NAE_ERA_R-1950_Eesti_Ajakirjanike_Liit, lk 93
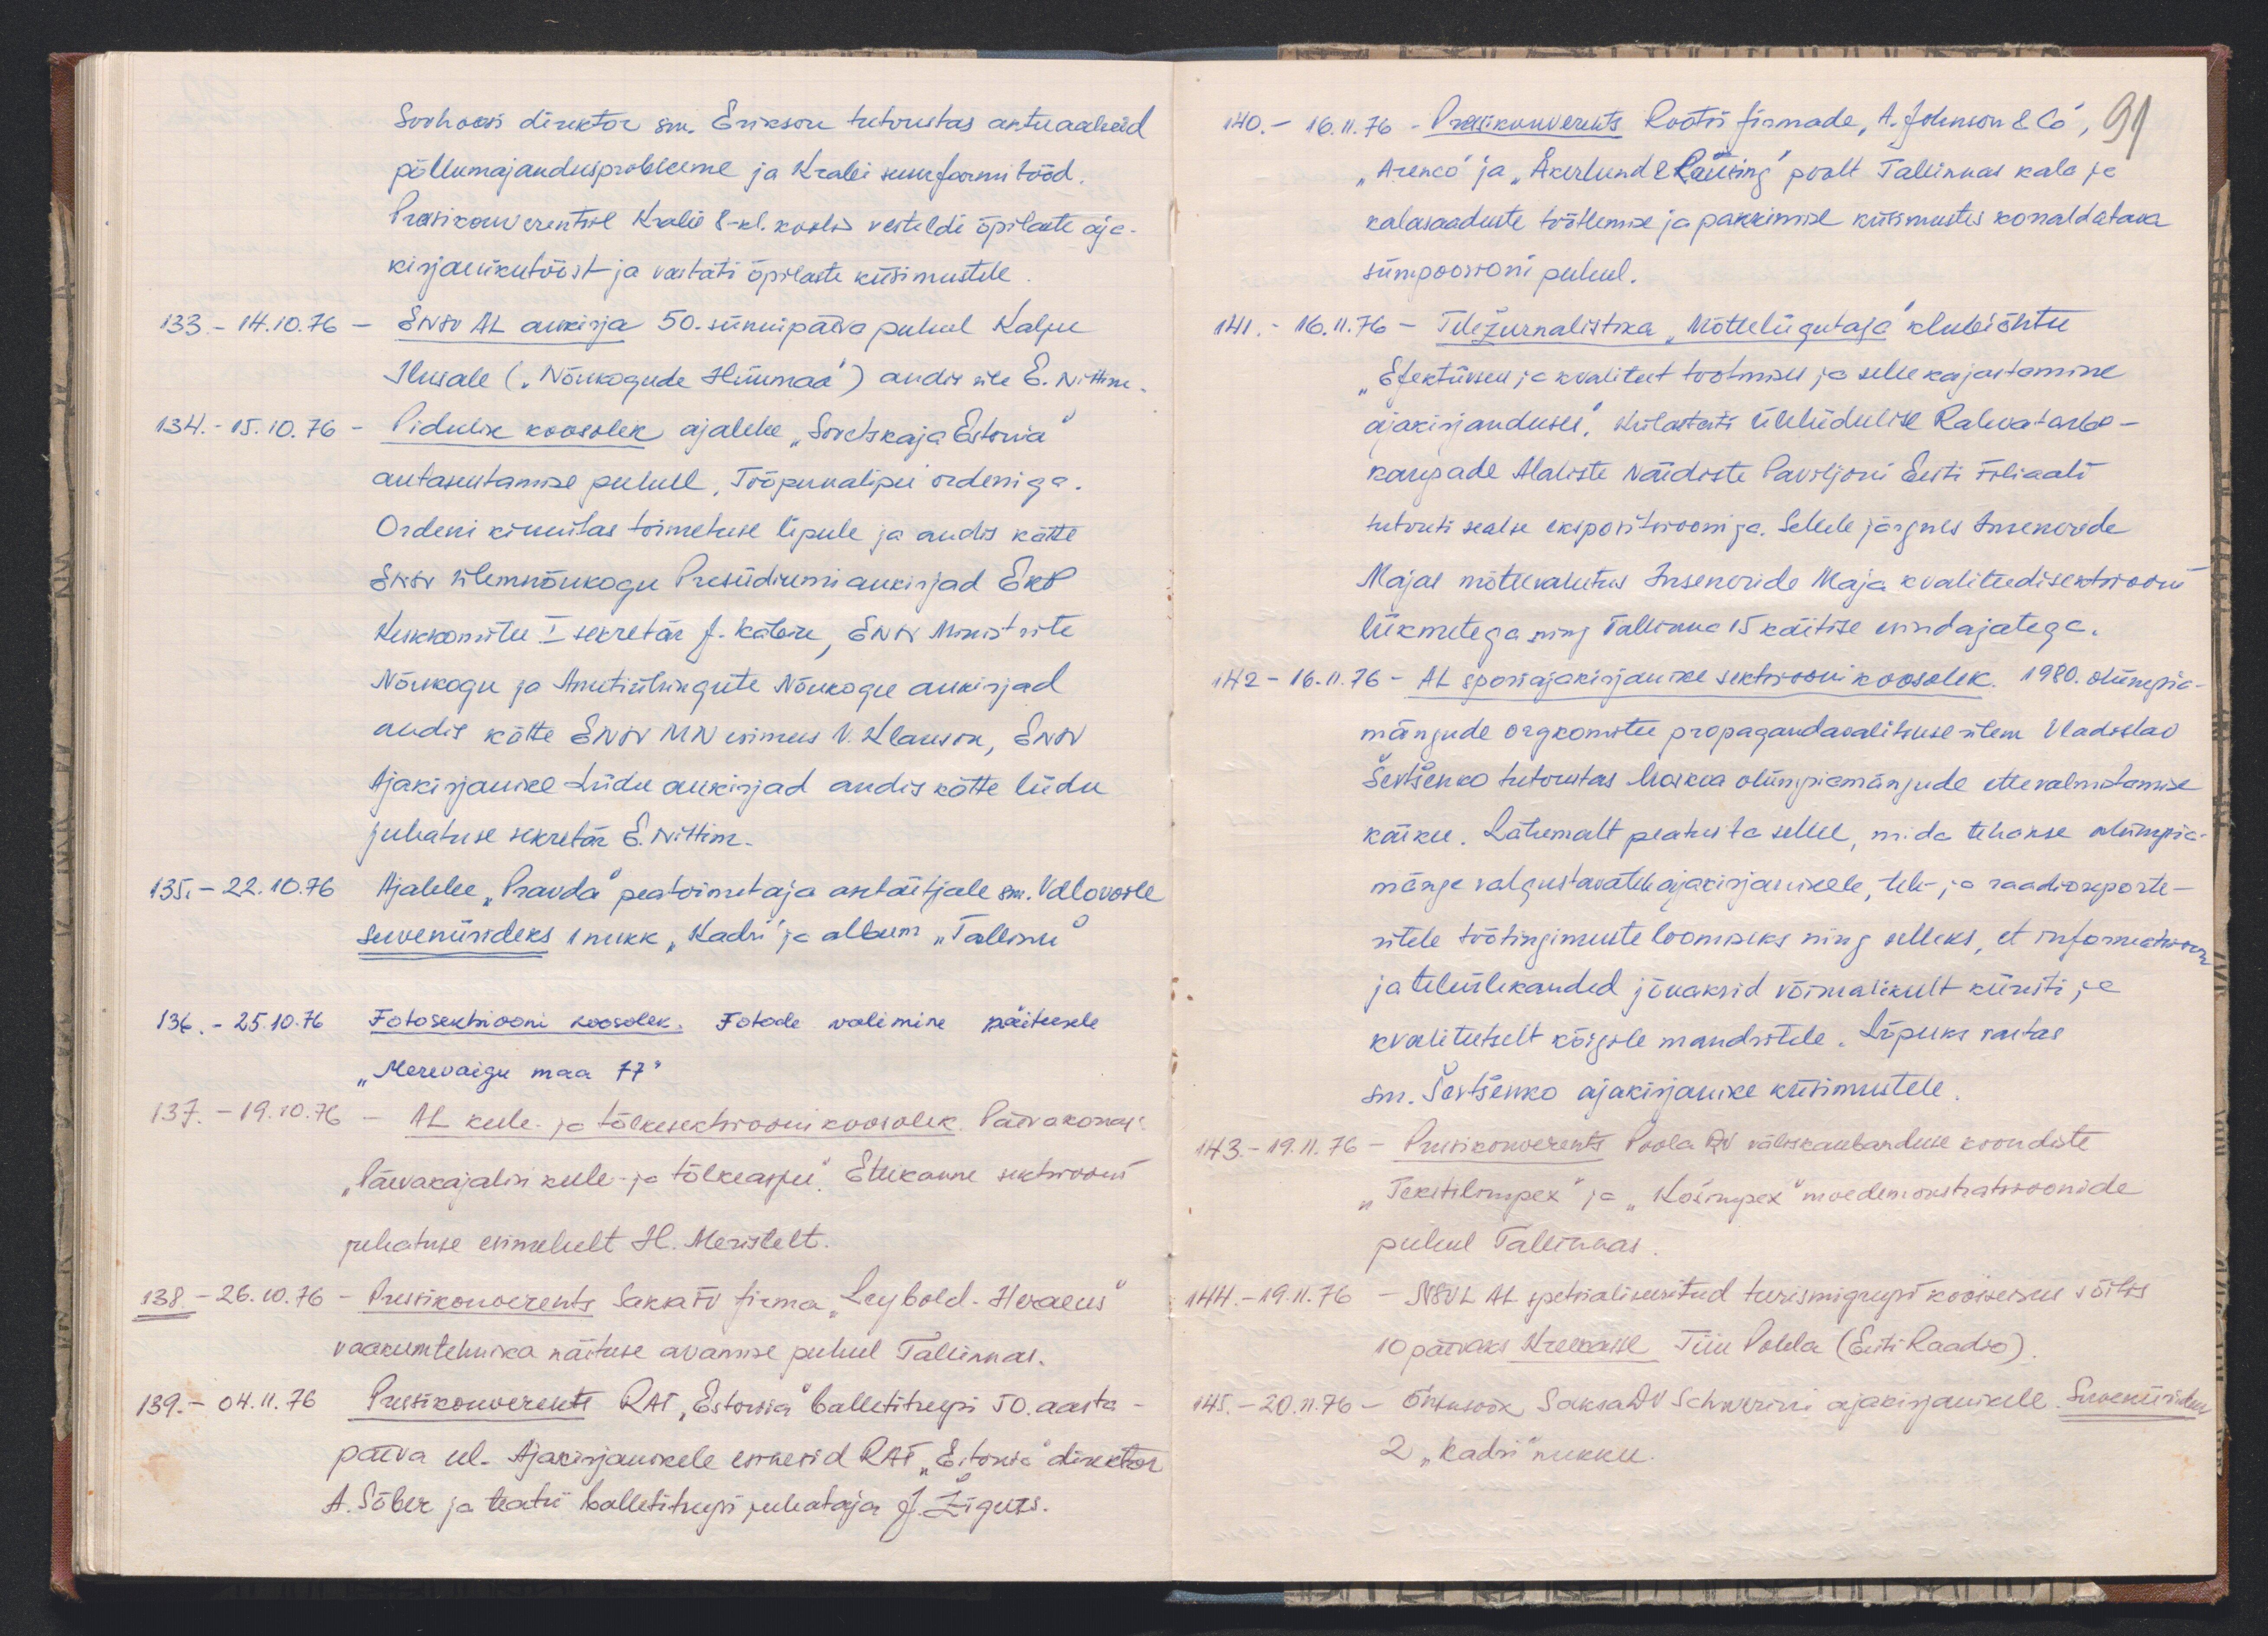
Sovhoosi direktor sm. Erikson tutvustas aktuaalseid
põllumajandusprobleeme ja Krabi suurfarmi tööd.
Pressikonverentsil Krabi 8-kl. koolis vesteldi õpilaste aja-
kirjanikutööst ja vastati õpilaste küsimustele.
133. - 14.10.76 - ENSV AL aukirja 50. sünnipäeva puhul Kalju
Ilusale ("Nõukogude Hiiumaa") andis üle E. Nittim
134. - 15.10.76 - Pidulik koosolek ajalehe "Sovetskaja Estonia"
autasutamise puhul "Tööpunalipu" orderiga.
Ordeni kinnitas toimetuse lipule ja andis kätte
ENSV Ülemnõukogu Presiidiumi aukirjad EKP
Keskkomitee I sekretär J. Käbin, ENSV Ministrite
Nõukogu ja Ametiühingute Nõukogu aukirjad
andis kätte ENSV MN esimees V. Klauson, ENSV
ajakirjanike Liidu aukirjad andis kätte liidu
juhatuse sekretär E. Nittim.
135. - 22.10.76 Ajalehe "Pravda" peatoimetaja asetäitjale sm. Vdlovoile
suveniirideks 1 nukk "Kadri" ja album "Tallinn"
134. - 25.10.76 Fotosektsiooni koosolek. Fotode valimise näitusele
"Merevaigu maa 77"
137. - 19.10.76 - AL keele ja tõlkesektsiooni koosolek Päevakorras:
"Päevakajalisi keele- ja tõlkeasju". Ettekanne sektsioonis
juhatuse esimehelt H. Meristelt.
138. 26.10.76 - Pressikonverents Saksa FV firma "Leybold-Heraeus"
vaakumtehnika näituse arvamise puhul Tallinnas.
139. - 04.11.76 Pressikonverents RAT "Estonia" balletitrupi 50. aasta
päeva eel. Ajakirjanikele esinesid RAT "Estonia" direktor
A. Sõber ja teatri balletitrupi juhataja J. Žigurs.

140. - 16.11.76 - Pressikonverents Rootsi firmade "A. Johnson & Co",
91
"Arenco" ja "Åkerlund & Rausing" poolt Tallinnas kala ja
kalasaaduste töötlemise ja pakkimise küsimustes korraldatava
sümpioosioni puhul.
141. - 16.11.76 - Teležurnalistka "Mõtteliigutaja" klubiõhtu
"Efektiivsus ja kvaliteet tootmisel ja selle kajastamine
ajakirjanduses". Külastati üleliidulise Rahvatarbe-
kaupade Alaliste Näidiste Paviljoni Eesti Filiaali
tutvuti sealse ekspositsiooniga. Sellele järgnes Inseneride
Majas mõttevahetus Inseneride Maja kvaliteedisektsiooni
liikmetega ning Tallinna 15 käitise esindajatega.
142 - 16.11.76 - AL spordiajakirjanike sektsiooni koosolek. 1980. olümpia
mängude orgkomitee propagandavalitsuse ülem Vladislav
Ševtšenko tutvustas Moskva olümpiamänjude ettevalmitamise
käiku. Lähemalt peatus ta sellel, mida tehakse olümpia-
mänge valgustavatele ajakirjanikele, tele- ja raadioreporte-
ritele töötingimuste loomiseks ning selleks, et informatsioon
ja teleülekanded jõuaksid võimalikult kiiresti ja
kvaliteetselt kõigile mandritele. Lõpuks vastas
sm. Ševtšenko ajakirjanike küsimustele.
143. - 19.11.76 - Pressikonverents Poola RV väliskaubanduse koondiste
"Tekstilimpex" ja "Košimpex" moedemonstratsioonide
puhul Tallinnas.
144. - 19.11.76 - NSVL AL spetsialiseeritud turismigrupi koosseis sõitis
10 päeveks Kreerasse Tiiu Pohla (Eesti Raadio)
145. - 20.11.76 - õhtusöök Saksa DV Schwerini ajakirjanikele. Suveniirideks
2 "Kadri" nukku.